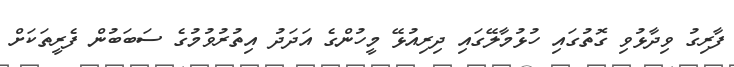
ފާރިގު ވިދާޅުވި ގޮތުގައި ހުޅުމާލޭގައި ދިރިއުޅޭ މީހުންގެ އަދަދު އިތުރުވުމުގެ ސަބަބުން ފެރީތަކަށް